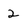
Character: 2